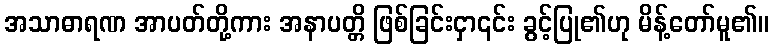
အသာဓာရဏ အာပတ်တို့ကား အနာပတ္တိ ဖြစ်ခြင်းငှာ၎င်း ခွင့်ပြု၏ဟု မိန့်တော်မူ၏။